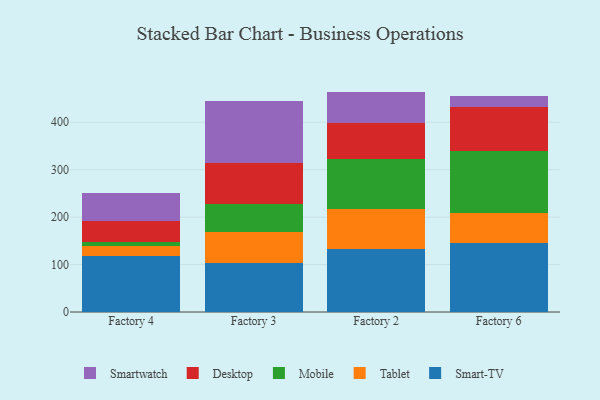
{"axis": {"x": "Factory", "y": "Backlog"}, "legend": ["Desktop", "Mobile", "Smart-TV", "Smartwatch", "Tablet"], "data": [{"x": "Factory 4", "y": 118.5, "type": "Smart-TV"}, {"x": "Factory 4", "y": 20.2, "type": "Tablet"}, {"x": "Factory 4", "y": 8.0, "type": "Mobile"}, {"x": "Factory 4", "y": 45.5, "type": "Desktop"}, {"x": "Factory 4", "y": 58.6, "type": "Smartwatch"}, {"x": "Factory 3", "y": 102.7, "type": "Smart-TV"}, {"x": "Factory 3", "y": 65.8, "type": "Tablet"}, {"x": "Factory 3", "y": 60.0, "type": "Mobile"}, {"x": "Factory 3", "y": 85.1, "type": "Desktop"}, {"x": "Factory 3", "y": 132.1, "type": "Smartwatch"}, {"x": "Factory 2", "y": 132.0, "type": "Smart-TV"}, {"x": "Factory 2", "y": 85.2, "type": "Tablet"}, {"x": "Factory 2", "y": 105.9, "type": "Mobile"}, {"x": "Factory 2", "y": 74.4, "type": "Desktop"}, {"x": "Factory 2", "y": 67.1, "type": "Smartwatch"}, {"x": "Factory 6", "y": 145.9, "type": "Smart-TV"}, {"x": "Factory 6", "y": 62.6, "type": "Tablet"}, {"x": "Factory 6", "y": 130.5, "type": "Mobile"}, {"x": "Factory 6", "y": 93.7, "type": "Desktop"}, {"x": "Factory 6", "y": 22.3, "type": "Smartwatch"}]}